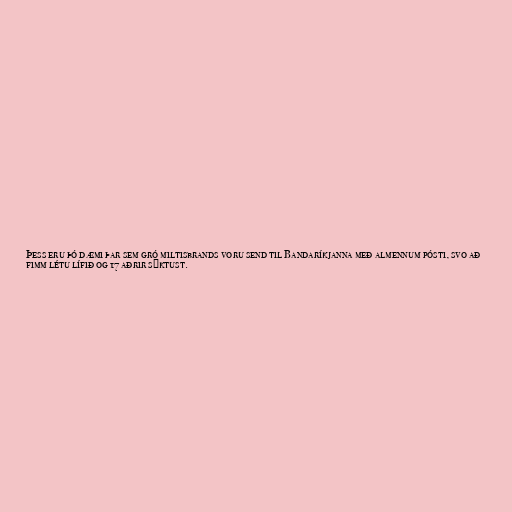
Þess eru þó dæmi þar sem gró miltisbrands voru send til Bandaríkjanna með almennum pósti, svo að
fimm létu lífið og 17 aðrir sýktust.